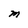
Character: M